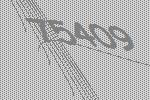
75409